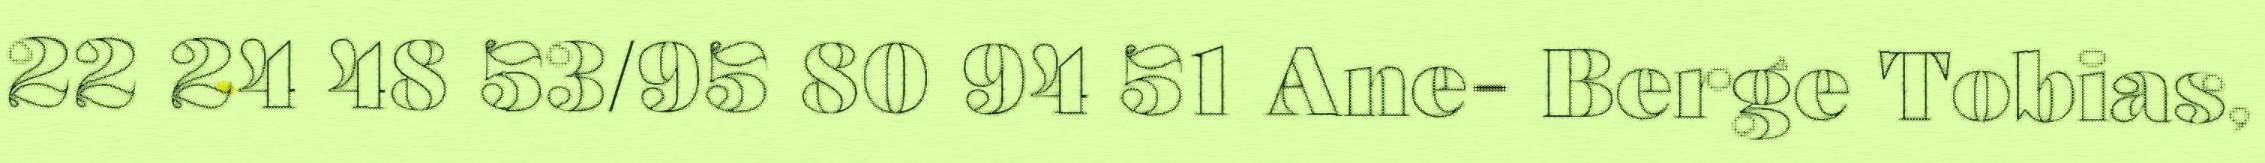
22 24 48 53/95 80 94 51 Ane- Berge Tobias,